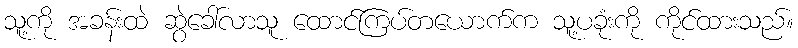
သူ့ကို အခန်းထဲ ဆွဲခေါ်လာသူ ထောင်ကြပ်တယောက်က သူ့ပခုံးကို ကိုင်ထားသည်။